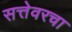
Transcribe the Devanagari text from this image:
सत्तेवरचा